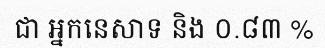
ជា អ្នកនេសាទ និង ០.៨៣ %